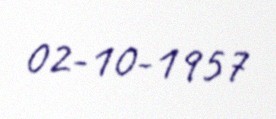
02-10-1957